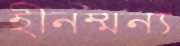
হীনম্মন্য